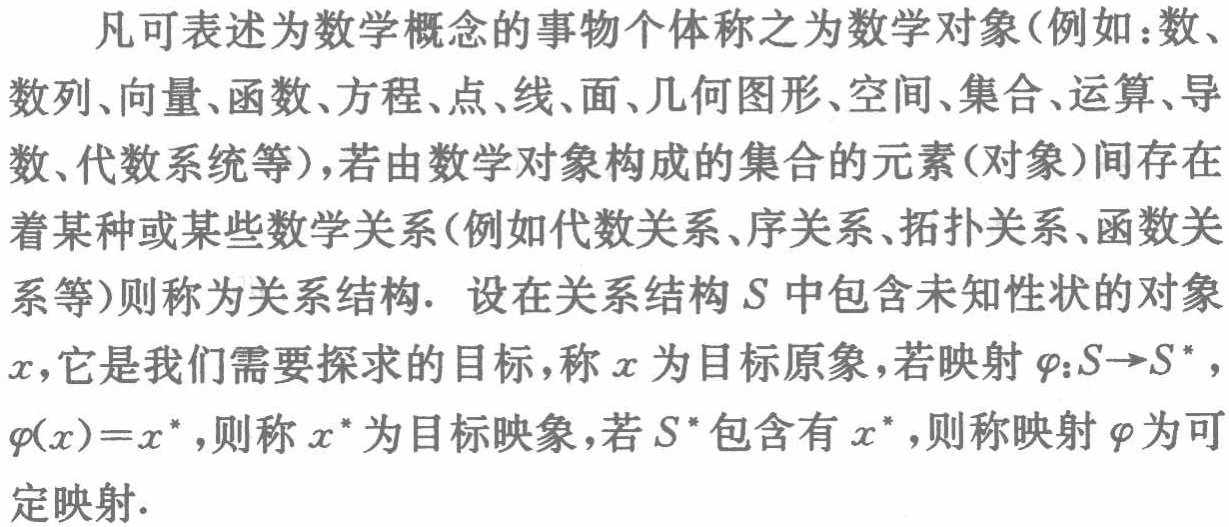
凡可表述为数学概念的事物个体称之为数学对象(例如：数、数列、向量、函数、方程、点、线、面、几何图形、空间、集合、运算、导数、代数系统等)，若由数学对象构成的集合的元素(对象)间存在着某种或某些数学关系(例如代数关系、序关系、拓扑关系、函数关系等)则称为关系结构. 设在关系结构\(S\)中包含未知性状的对象\(x\)，它是我们需要探求的目标，称\(x\)为目标原象，若映射\(\varphi:S\rightarrow S^{*}\)，\(\varphi(x)=x^{*}\)，则称\(x^{*}\)为目标映象，若\(S^{*}\)包含有\(x^{*}\)，则称映射\(\varphi\)为可定映射.